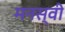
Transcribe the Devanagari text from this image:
मनस्‍वी